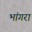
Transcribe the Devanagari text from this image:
भांगरा